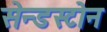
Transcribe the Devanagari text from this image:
सेन्डस्टोन